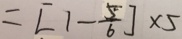
= [ 1 - \frac { 5 } { 6 } ] \times 5